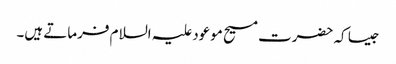
جیسا کہ حضرت مسیح موعود علیہ السلام فرماتے ہیں۔